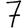
Digit: 7